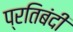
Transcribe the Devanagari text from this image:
प्रतिबंदी